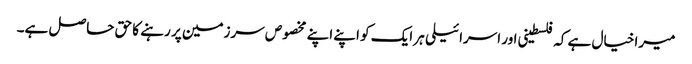
میرا خیال ہے کہ فلسطینی اور اسرائیلی ہر ایک کو اپنے اپنے مخصوص سرزمین پر رہنے کا حق حاصل ہے۔